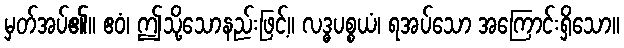
မှတ်အပ်၏။ ဧဝံ၊ ဤသို့သောနည်းဖြင့်။ လဒ္ဓပစ္စယံ၊ ရအပ်သော အကြောင်းရှိသော။